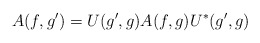
\begin{align*}A(f,g^{\prime })=U(g^{\prime },g)A(f,g)U^{*}(g^{\prime },g)\end{align*}